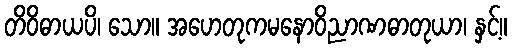
တိဝိဓာယပိ၊ သော။ အဟေတုကမနောဝိညာဏဓာတုယာ၊ နှင့်။